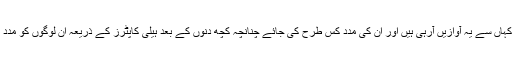
اور کہاں سے یہ آوازیں آرہی ہیں اور ان کی مدد کس طرح کی جائے چنانچہ کچھ دنوں کے بعد ہیلی کاپٹرز کے ذریعہ ان لوگوں کو مدد ملی۔